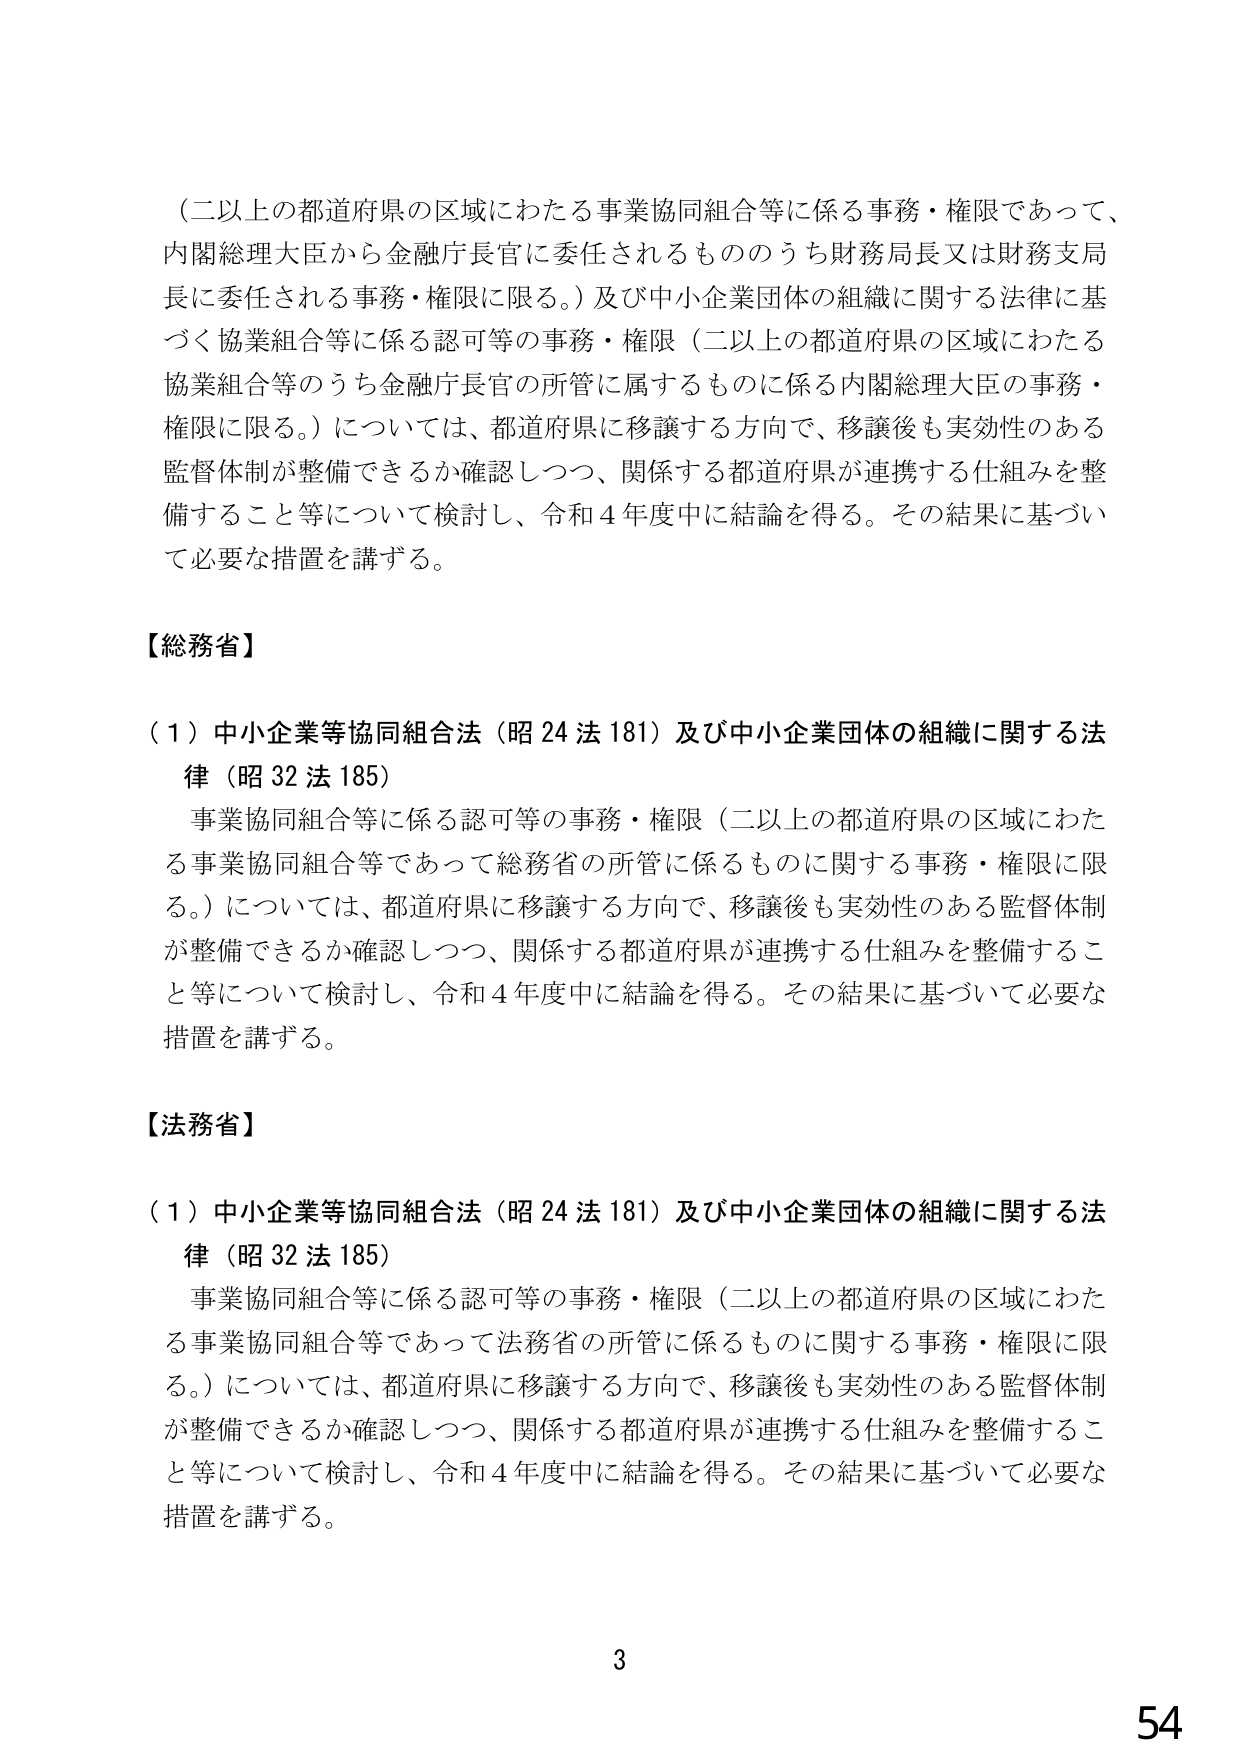
（二以上の都道府県の区域にわたる事業協同組合等に係る事務・権限であって、内閣総理大臣から金融庁長官に委任されるもののうち財務局長又は財務支局長に委任される事務・権限に限る。）及び中小企業団体の組織に関する法律に基づく協業組合等に係る認可等の事務・権限（二以上の都道府県の区域にわたる協業組合等のうち金融庁長官の所管に属するものに係る内閣総理大臣の事務・権限に限る。）については、都道府県に移譲する方向で、移譲後も実効性のある監督体制が整備できるか確認しつつ、関係する都道府県が連携する仕組みを整備すること等について検討し、令和４年度中に結論を得る。その結果に基づいて必要な措置を講ずる。

【総務省】

（１）中小企業等協同組合法（昭24法181）及び中小企業団体の組織に関する法律（昭32法185）
　事業協同組合等に係る認可等の事務・権限（二以上の都道府県の区域にわたる事業協同組合等であって総務省の所管に係るものに関する事務・権限に限る。）については、都道府県に移譲する方向で、移譲後も実効性のある監督体制が整備できるか確認しつつ、関係する都道府県が連携する仕組みを整備すること等について検討し、令和４年度中に結論を得る。その結果に基づいて必要な措置を講ずる。

【法務省】

（１）中小企業等協同組合法（昭24法181）及び中小企業団体の組織に関する法律（昭32法185）
　事業協同組合等に係る認可等の事務・権限（二以上の都道府県の区域にわたる事業協同組合等であって法務省の所管に係るものに関する事務・権限に限る。）については、都道府県に移譲する方向で、移譲後も実効性のある監督体制が整備できるか確認しつつ、関係する都道府県が連携する仕組みを整備すること等について検討し、令和４年度中に結論を得る。その結果に基づいて必要な措置を講ずる。

3
54